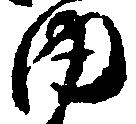
内